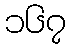
၁၆၇